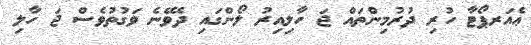
ޢެއަރޕޯޓާ ހުރި ދުރުމިންތައް ޖަ ހާލިއިރު ލޯންގައި ދެވޭނެ ވަގުތުވެސް ޖަ ހާލި